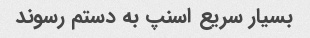
بسیار سریع اسنپ به دستم رسوند